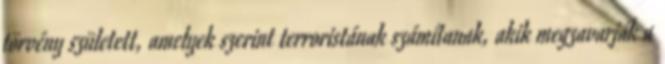
törvény született, amelyek szerint terroristának számítanak, akik megzavarják a